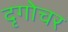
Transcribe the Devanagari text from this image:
दृगोचर